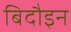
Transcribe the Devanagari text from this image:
बिदौइन